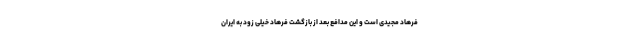
فرهاد مجیدی است و این مدافع بعد از بازگشت فرهاد خیلی زود به ایران